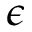
\epsilon